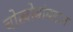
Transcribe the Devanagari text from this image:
चोखोबांबद्दल